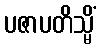
ပဇာပတိသ္မိံ